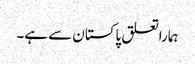
ہماراتعلق پاکستان سے ہے۔